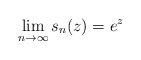
\begin{align*}\lim_{n \rightarrow \infty} s_n(z) = e^{z}\end{align*}